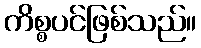
ကိစ္စပင်ဖြစ်သည်။